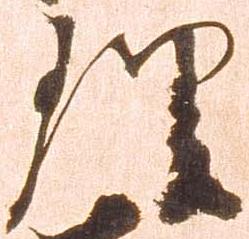
理